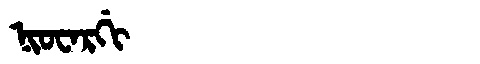
Manchu: ᠨᡳᠣᠸᠠᡵᡤᡳ
Romanization: NIOWARGI